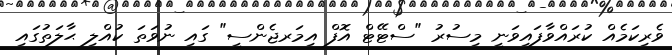
ވެރިކަމެއް ކުރައްވާފައިވަނީ މިސުރު "ސްޓޭޓް އޮފް އިމަރޖެންސީ" ގައި ނުވަތަ ކުއްލި ޙާލަތުގައި